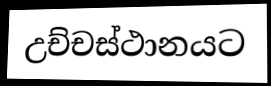
උච්චස්ථානයට